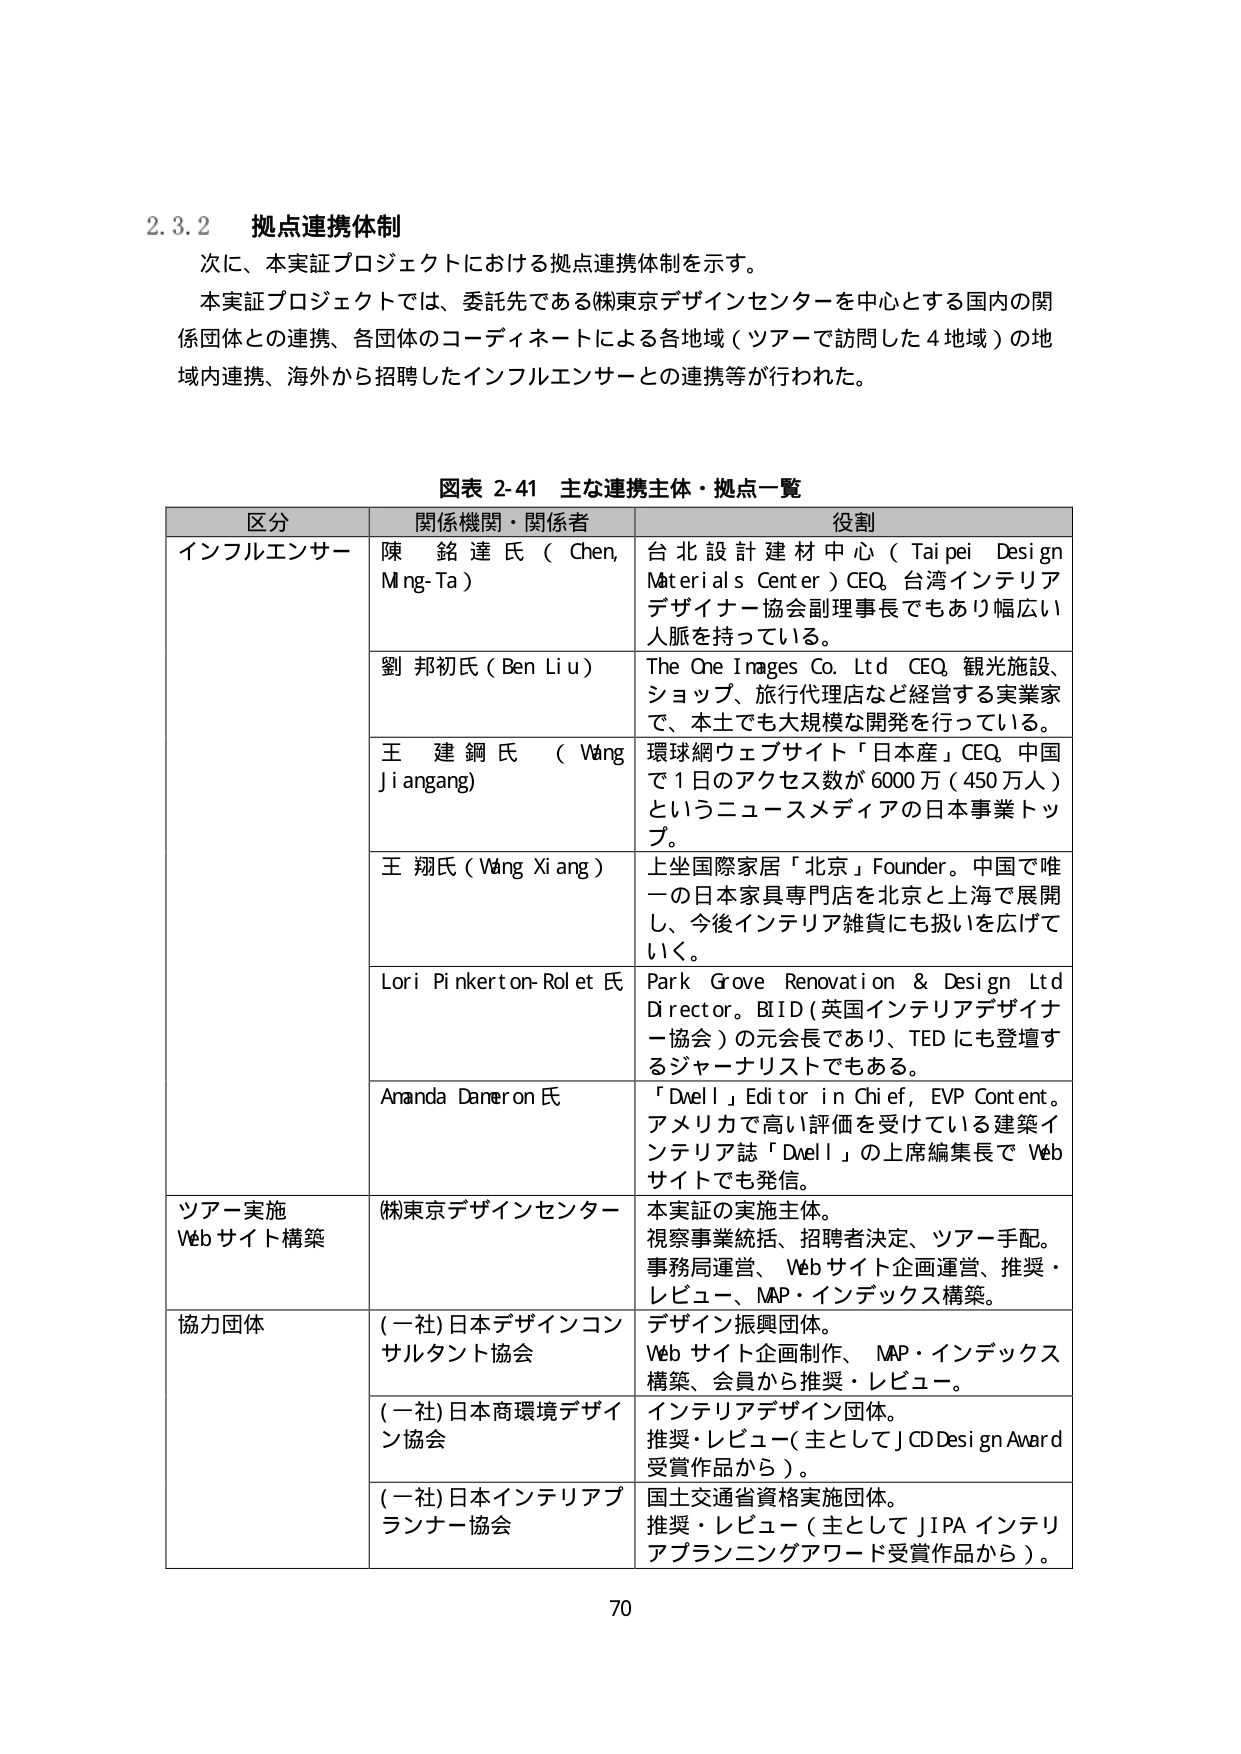
2.3.2 拠点連携体制
次に、本実証プロジェクトにおける拠点連携体制を示す。
本実証プロジェクトでは、委託先である(株)東京デザインセンターを中心とする国内の関係団体との連携、各団体のコーディネートによる各地域（ツアーで訪問した4地域）の地域内連携、海外から招聘したインフルエンサーとの連携等が行われた。

図表 2-41 主な連携主体・拠点一覧

区分 関係機関・関係者 役割
インフルエンサー 陳 銘 達 氏（Chen, Ming-Ta） 台北設計建材中心（Taipei Design Materials Center）CEO。台湾インテリアデザイナー協会副理事長でもあり幅広い人脈を持っている。
劉 邦初氏（Ben Liu） The One Images Co. Ltd CEO。観光施設、ショップ、旅行代理店など経営する実業家で、本土でも大規模な開発を行っている。
王 建鋼氏（Wang Ji angang） 環球網ウェブサイト「日本産」CEO。中国で1日のアクセス数が6000万（450万人）というニュースメディアの日本事業トップ。
王 翔氏（Wang Xi ang） 上坐國際家居「北京」Founder。中国で唯一の日本家具専門店を北京と上海で展開し、今後インテリア雑貨にも扱いを広げていく。
Lori Pinkerton-Rolet 氏 Park Grove Renovation & Design Ltd Director。BID（英国インテリアデザイナー協会）の元会長であり、TEDにも登壇するジャーナリストでもある。
Ananda Dameron 氏 「Dwell」Editor in Chief, EVP Content。アメリカで高い評価を受けている建築インテリア誌「Dwell」の上席編集長でWebサイトでも発信。
ツアー実施 Webサイト構築 (株)東京デザインセンター 本実証の実施主体。視察事業統括、招聘者決定、ツアー手配。事務局運営、Webサイト企画運営、推奨・レビュー、MAP・インデックス構築。
協力団体 (一社)日本デザインコンサルタント協会 デザイン振興団体。Webサイト企画制作、MAP・インデックス構築、会員から推奨・レビュー。
(一社)日本商環境デザイン協会 インテリアデザイン団体。推奨・レビュー（主としてJCD Design Award受賞作品から）。
(一社)日本インテリアプランナー協会 国土交通省資格実施団体。推奨・レビュー（主としてJIPAインテリアプランニングアワード受賞作品から）。

70